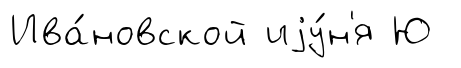
Ива́новской иjу́н'я Ю